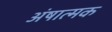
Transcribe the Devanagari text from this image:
अंषात्मक